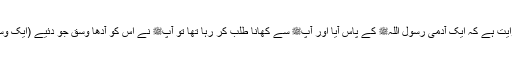
1531: سیدنا جابرؓ سے روایت ہے کہ ایک آدمی رسول اللہﷺ کے پاس آیا اور آپﷺ سے کھانا طلب کر رہا تھا تو آپﷺ نے اس کو آدھا وسق جَو دئیے (ایک وسق ساٹھ صاع کا ہوتا ہے )۔